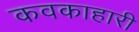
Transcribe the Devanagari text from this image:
कवकाहारी